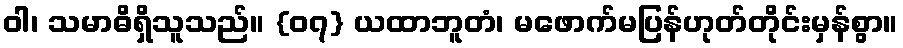
ဝါ၊ သမာဓိရှိသူသည်။ {၀၇} ယထာဘူတံ၊ မဖောက်မပြန်ဟုတ်တိုင်းမှန်စွာ။